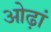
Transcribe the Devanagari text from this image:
ओढ़ां